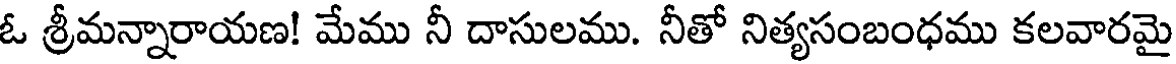
ఓ శ్రీమన్నారాయణ! మేము నీ దాసులము. నీతో నిత్యసంబంధము కలవారమై